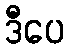
ဒီပေ